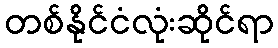
တစ်နိုင်ငံလုံးဆိုင်ရာ